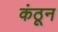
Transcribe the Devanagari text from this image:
कंठून